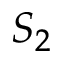
S _ { 2 }